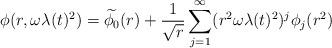
LaTeX: \begin{align*} \phi(r,\omega \lambda(t)^{2}) = \widetilde{\phi_{0}}(r) + \frac{1}{\sqrt{r}} \sum_{j=1}^{\infty} (r^{2} \omega \lambda(t)^{2})^{j} \phi_{j}(r^{2})\end{align*}